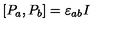
[ P _ { a } , P _ { b } ] = \varepsilon _ { a b } I